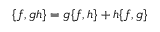
\{ f , g h \} = g \{ f , h \} + h \{ f , g \}